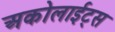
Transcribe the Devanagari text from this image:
अकोलाईट्स